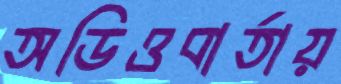
অডিওবার্তায়